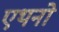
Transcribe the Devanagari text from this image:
एथनो